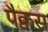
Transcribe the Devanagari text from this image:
पैक्वस